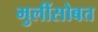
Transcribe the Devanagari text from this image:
मुलींसोबत